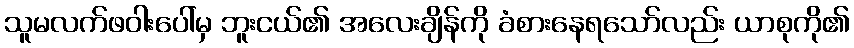
သူမလက်ဖဝါးပေါ်မှ ဘူးငယ်၏ အလေးချိန်ကို ခံစားနေရသော်လည်း ယာစုကို၏